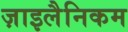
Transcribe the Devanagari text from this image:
ज़ाइलैनिकम